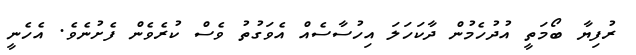
ރުފިޔާ ބޯމަތީ އުދުހެމުން ދާކަހަލަ އިހުސާސެއް އެވަގުތު ވެސް ކުރެވެން ފެށުނެވެ. އެހެނީ